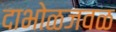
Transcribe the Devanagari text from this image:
दाभोळजवळ